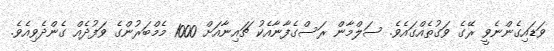
ވަޑައިގެންނެވީ ރޭގެ ވަގުތެއްގައެވެ. ސަލްމާން ރަސްގެފާނާއެކު ޗައިނާއަށް 1000 މެމްބަރުންގެ ވަފުދެއް ގެންދެވިއެވެ.